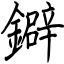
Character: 鐴